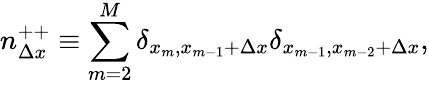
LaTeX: n_{\Delta x}^{++}\equiv\sum_{m=2}^{M}\delta_{x_{m},x_{m-1}+\Delta x}\delta_{x_{m-1},x_{m-2}+\Delta x},